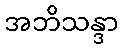
အဘိသန္ဒာ